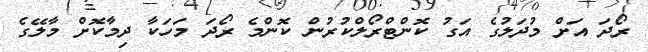
ރޯދަ އަށް މުދަލުގެ އަގު ކޮންޓްރޯލްކުރުން ކޮންމެ ރޯދަ މަހަކާ ދިމާކޮށް މާލޭގެ